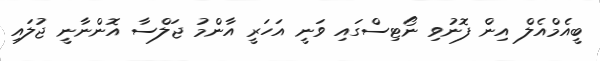
ބީއެމްއެލް އިން ފޮނުވި ނޯޓިސްގައި ވަނީ އަހަރީ އާންމު ޖަލްސާ އޮންނާނީ ޖުލައި